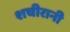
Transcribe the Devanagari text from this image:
शचीरानी